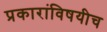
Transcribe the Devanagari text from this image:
प्रकारांविषयीच